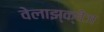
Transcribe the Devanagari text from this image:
वेलाझ्क्वेज